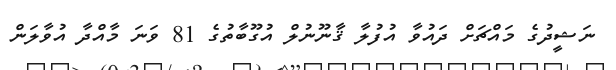
ނަޝީދުގެ މައްޗަށް ދައުވާ އުފުލާ ޤާނޫނުލް އުގޫބާތުގެ 81 ވަނަ މާއްދާ އުވާލަން